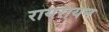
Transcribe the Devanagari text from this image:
रायरायन